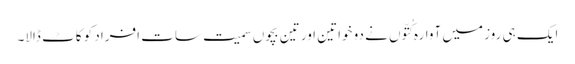
ایک ہی روز میں آوارہ کُتّوں نے دو خواتین اور تین بچوں سمیت سات افراد کو کاٹ ڈالا۔